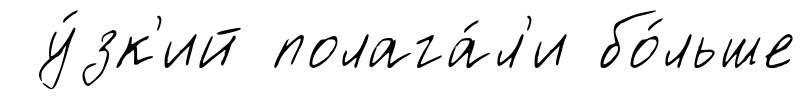
у́зк'ий полага́л'и бо́льше